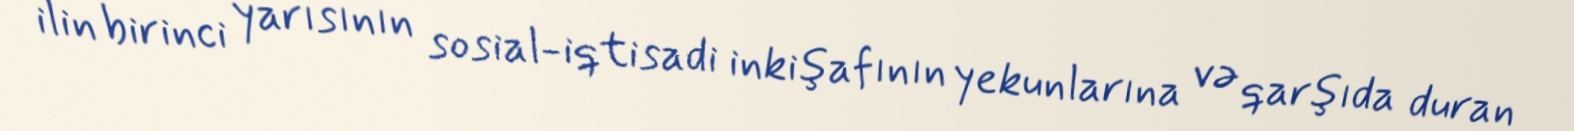
ilin birinci yarısının sosial-iqtisadi inkişafının yekunlarına və qarşıda duran